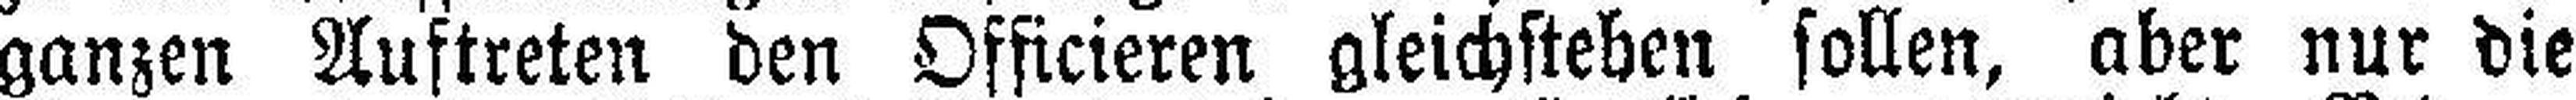
ganzen Auftreten den Officieren gleichsteben sollen, aber nur die